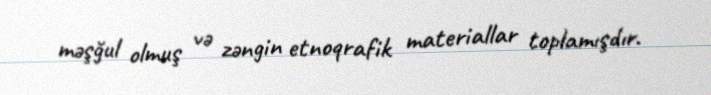
məşğul olmuş və zəngin etnoqrafik materiallar toplamışdır.